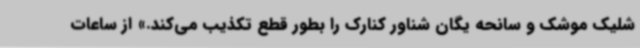
شلیک موشک و سانحه یگان شناور کنارک را بطور قطع تکذیب می‌کند.» از ساعات